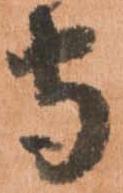
守